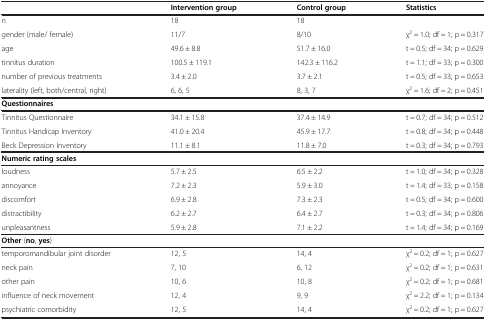
<table><thead><tr><td><b> </b></td><td><b>Intervention group</b></td><td><b>Control group</b></td><td><b>Statistics</b></td></tr></thead><tbody><tr><td>n</td><td>18</td><td>18</td><td> </td></tr><tr><td>gender (male/ female)</td><td>11/7</td><td>8/10</td><td>χ<sup>2</sup> = 1.0; df = 1; p = 0.317</td></tr><tr><td>age</td><td>49.6 ± 8.8</td><td>51.7 ± 16.0</td><td>t = 0.5; df = 34; p = 0.629</td></tr><tr><td>tinnitus duration</td><td>100.5 ± 119.1</td><td>142.3 ± 116.2</td><td>t = 1.1; df = 33; p = 0.300</td></tr><tr><td>number of previous treatments</td><td>3.4 ± 2.0</td><td>3.7 ± 2.1</td><td>t = 0.5; df = 33; p = 0.653</td></tr><tr><td>laterality (left, both/central, right)</td><td>6, 6, 5</td><td>8, 3, 7</td><td>χ<sup>2</sup> = 1.6; df = 2; p = 0.451</td></tr><tr><td><b>Questionnaires</b></td><td> </td><td> </td><td> </td></tr><tr><td>Tinnitus Questionnaire</td><td>34.1 ± 15.8</td><td>37.4 ± 14.9</td><td>t = 0.7; df = 34; p = 0.512</td></tr><tr><td>Tinnitus Handicap Inventory</td><td>41.0 ± 20.4</td><td>45.9 ± 17.7</td><td>t = 0.8; df = 34; p = 0.448</td></tr><tr><td>Beck Depression Inventory</td><td>11.1 ± 8.1</td><td>11.8 ± 7.0</td><td>t = 0.3; df = 34; p = 0.793</td></tr><tr><td><b>Numeric rating scales</b></td><td> </td><td> </td><td> </td></tr><tr><td>loudness</td><td>5.7 ± 2.5</td><td>6.5 ± 2.2</td><td>t = 1.0; df = 34; p = 0.328</td></tr><tr><td>annoyance</td><td>7.2 ± 2.3</td><td>5.9 ± 3.0</td><td>t = 1.4; df = 33; p = 0.158</td></tr><tr><td>discomfort</td><td>6.9 ± 2.8</td><td>7.3 ± 2.3</td><td>t = 0.5; df = 34; p = 0.600</td></tr><tr><td>distractibility</td><td>6.2 ± 2.7</td><td>6.4 ± 2.7</td><td>t = 0.3; df = 34; p = 0.806</td></tr><tr><td>unpleasantness</td><td>5.9 ± 2.8</td><td>7.1 ± 2.2</td><td>t = 1.4; df = 34; p = 0.169</td></tr><tr><td><b>Other</b> (<b>no</b>, <b>yes</b>)</td><td> </td><td> </td><td> </td></tr><tr><td>temporomandibular joint disorder</td><td>12, 5</td><td>14, 4</td><td>χ<sup>2</sup> = 0.2; df = 1; p = 0.627</td></tr><tr><td>neck pain</td><td>7, 10</td><td>6, 12</td><td>χ<sup>2</sup> = 0.2; df = 1; p = 0.631</td></tr><tr><td>other pain</td><td>10, 6</td><td>10, 8</td><td>χ<sup>2</sup> = 0.2; df = 1; p = 0.681</td></tr><tr><td>influence of neck movement</td><td>12, 4</td><td>9, 9</td><td>χ<sup>2</sup> = 2.2; df = 1; p = 0.134</td></tr><tr><td>psychiatric comorbidity</td><td>12, 5</td><td>14, 4</td><td>χ<sup>2</sup> = 0.2; df = 1; p = 0.627</td></tr></tbody></table>